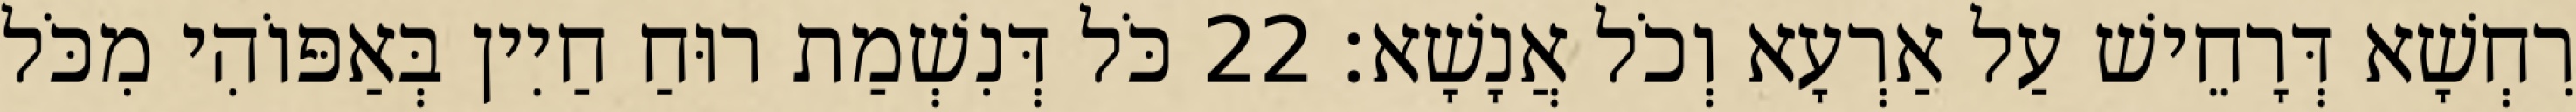
רִחְשָׁא דְּרָחֵישׁ עַל אַרְעָא וְכֹל אֲנָשָׁא׃ 22 כֹּל דְּנִשְׁמַת רוּחַ חַיִין בְּאַפּוֹהִי מִכֹּל